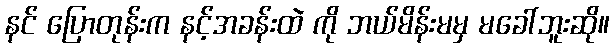
နင် ပြောတုန်းက နင့်အခန်းထဲ ကို ဘယ်မိန်းမမှ မခေါ်ဘူးဆို။